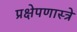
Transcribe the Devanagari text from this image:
प्रक्षेपणास्त्रे